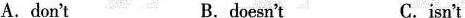
A. don't B. doesn't C. isn't